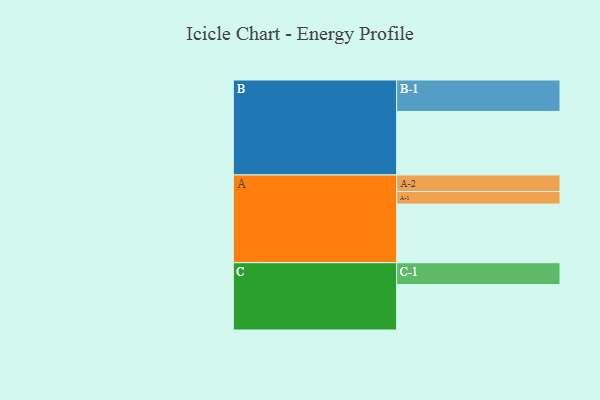
{"axis": {"x": "Segment", "y": "Value"}, "legend": ["", "A", "B", "C"], "data": [{"x": "A", "y": 504, "type": ""}, {"x": "B", "y": 546, "type": ""}, {"x": "C", "y": 390, "type": ""}, {"x": "A-1", "y": 108, "type": "A"}, {"x": "A-2", "y": 142, "type": "A"}, {"x": "B-1", "y": 270, "type": "B"}, {"x": "C-1", "y": 188, "type": "C"}]}